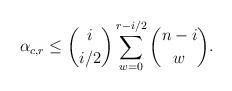
LaTeX: \begin{align*} \alpha_{c,r} \leq \binom{i}{i/2}\sum_{w=0}^{r-i/2} \binom{n-i}{w}.\end{align*}